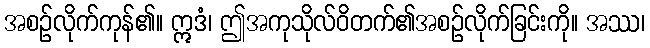
အစဉ်လိုက်ကုန်၏။ ဣဒံ၊ ဤအကုသိုလ်ဝိတက်၏အစဉ်လိုက်ခြင်းကို။ အဿ၊